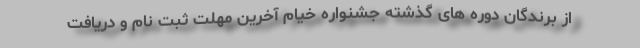
از برندگان دوره های گذشته جشنواره خیام آخرین مهلت ثبت نام و دریافت